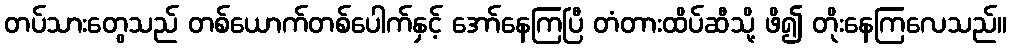
တပ်သားတွေသည် တစ်ယောက်တစ်ပေါက်နှင့် အော်နေကြပြီ တံတားထိပ်ဆီသို့ ဖိ၍ တိုးနေကြလေသည်။